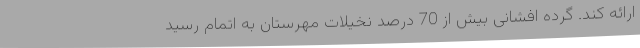
ارائه کند. گرده افشانی بیش از 70 درصد نخیلات مهرستان به اتمام رسید